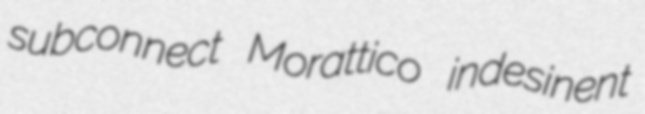
subconnect Morattico indesinent